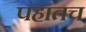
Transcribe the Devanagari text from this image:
पहातच